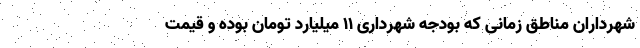
شهرداران مناطق زمانی که بودجه شهرداری ۱۱ میلیارد تومان بوده و قیمت